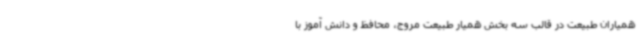
همیاران طبیعت در قالب سه بخش همیار طبیعت مروج، محافظ و دانش آموز با